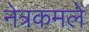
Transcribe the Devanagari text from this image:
नेत्रकमले